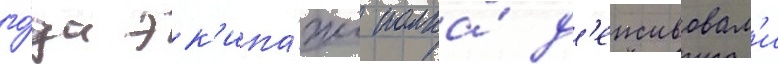
го́да эк'ипа́жи полка́ д'еиствовал'и